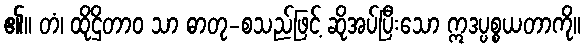
၏။ တံ၊ ထိုဌိတာဝ သာ ဓာတု-စသည်ဖြင့် ဆိုအပ်ပြီးသော ဣဒပ္ပစ္စယတာကို။